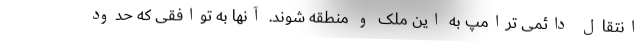
انتقال دائمی ترامپ به این ملک و منطقه شوند. آنها به توافقی که حدود